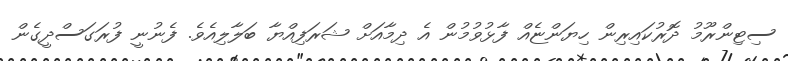
ސިޓިންރޫމު ދޮރުކައިރިން ހިޔަންޏެއް ފާޅުވުމުން އެ ދިމާއަށް ޝަރަފިއްޔާ ބަލާލިއެވެ. ފެނުނީ ފުރަގަސްދީގެން